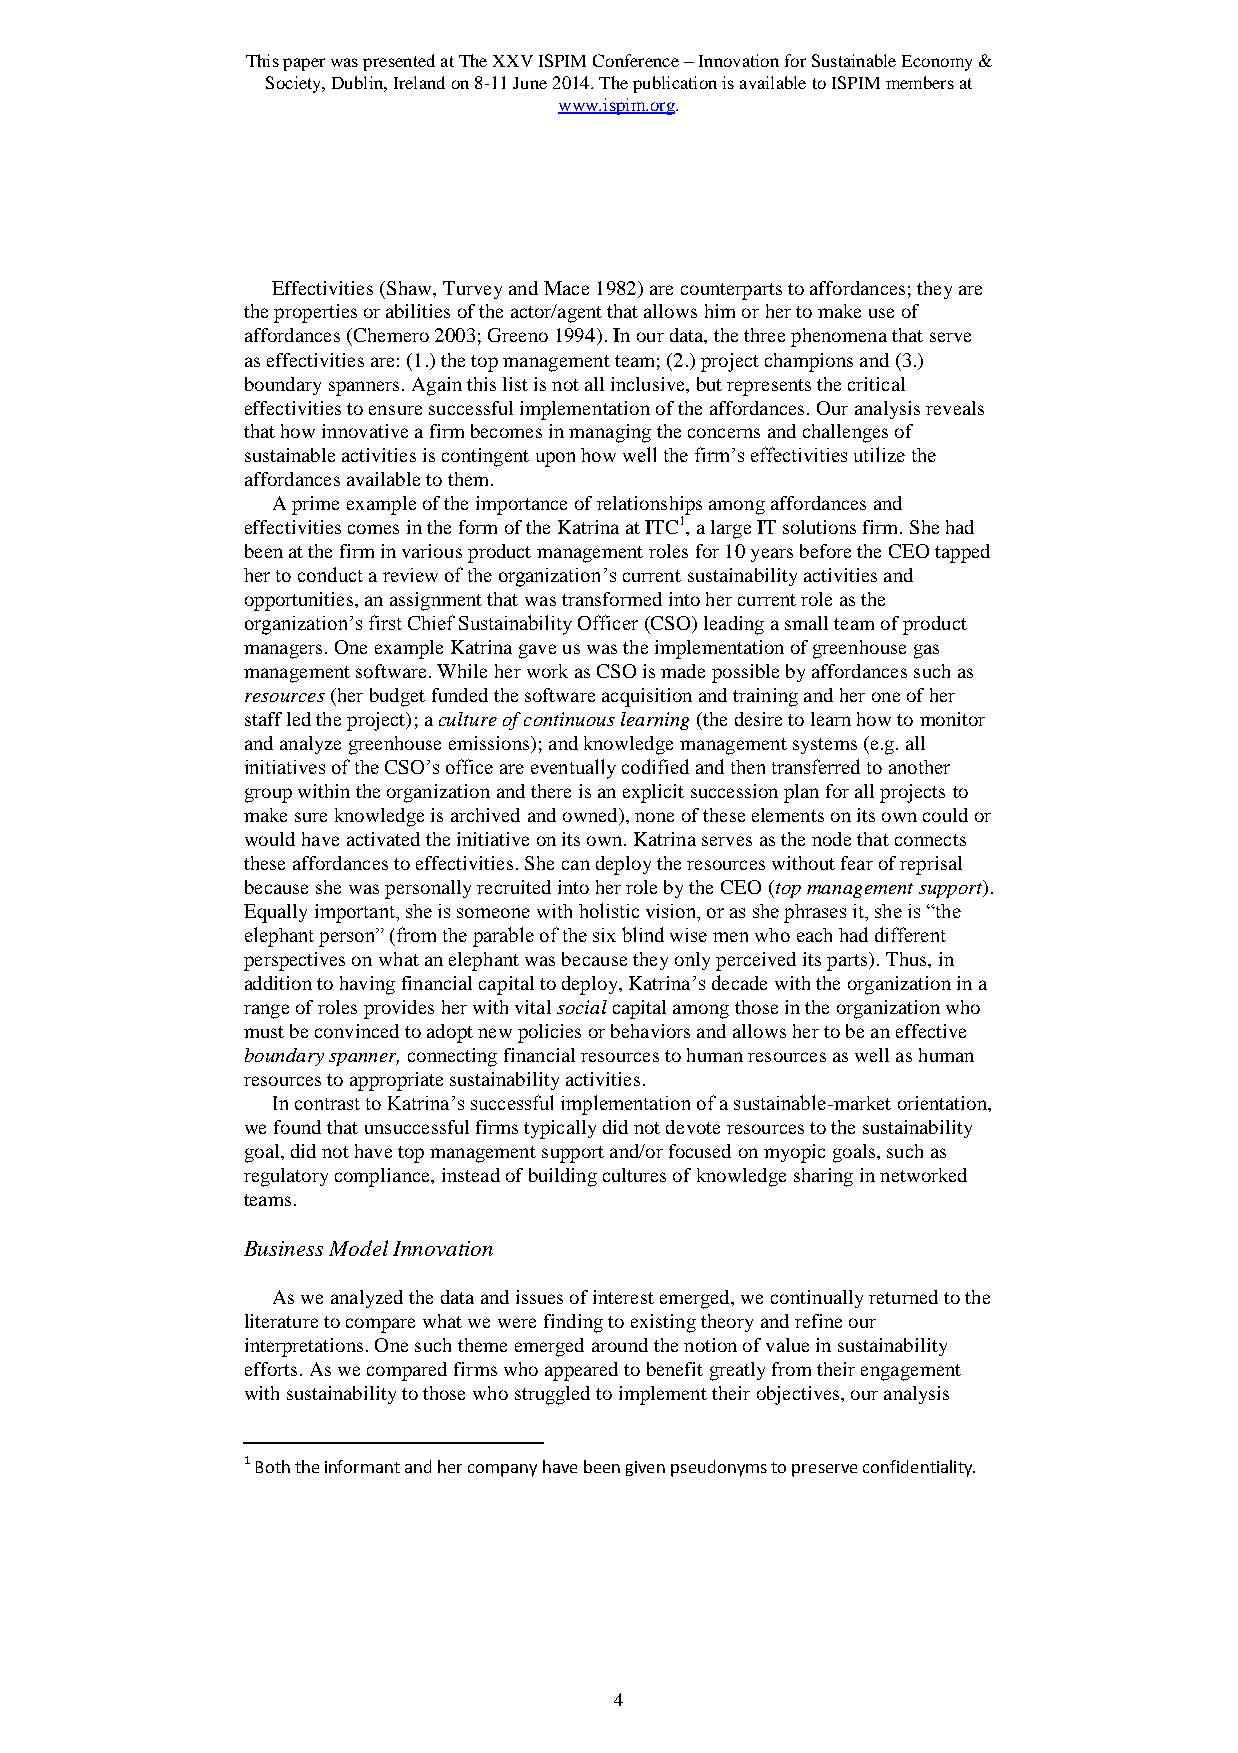
This paper was presented at The XXV ISPIM Conference – Innovation for Sustainable Economy &
 Society, Dublin, Ireland on 8-11 June 2014. The publication is available to ISPIM members at
 www.ispim.org.
 Effectivities (Shaw, Turvey and Mace 1982) are counterparts to affordances; they are
 the properties or abilities of the actor/agent that allows him or her to make use of
 affordances (Chemero 2003; Greeno 1994). In our data, the three phenomena that serve
 as effectivities are: (1.) the top management team; (2.) project champions and (3.)
 boundary spanners. Again this list is not all inclusive, but represents the critical
 effectivities to ensure successful implementation of the affordances. Our analysis reveals
 that how innovative a firm becomes in managing the concerns and challenges of
 sustainable activities is contingent upon how well the firm’s effectivities utilize the
 affordances available to them.
 A prime example of the importance of relationships among affordances and
 effectivities comes in the form of the Katrina at ITC1, a large IT solutions firm. She had
 been at the firm in various product management roles for 10 years before the CEO tapped
 her to conduct a review of the organization’s current sustainability activities and
 opportunities, an assignment that was transformed into her current role as the
 organization’s first Chief Sustainability Officer (CSO) leading a small team of product
 managers. One example Katrina gave us was the implementation of greenhouse gas
 management software. While her work as CSO is made possible by affordances such as
 resources (her budget funded the software acquisition and training and her one of her
 staff led the project); a culture of continuous learning (the desire to learn how to monitor
 and analyze greenhouse emissions); and knowledge management systems (e.g. all
 initiatives of the CSO’s office are eventually codified and then transferred to another
 group within the organization and there is an explicit succession plan for all projects to
 make sure knowledge is archived and owned), none of these elements on its own could or
 would have activated the initiative on its own. Katrina serves as the node that connects
 these affordances to effectivities. She can deploy the resources without fear of reprisal
 because she was personally recruited into her role by the CEO (top management support).
 Equally important, she is someone with holistic vision, or as she phrases it, she is “the
 elephant person” (from the parable of the six blind wise men who each had different
 perspectives on what an elephant was because they only perceived its parts). Thus, in
 addition to having financial capital to deploy, Katrina’s decade with the organization in a
 range of roles provides her with vital social capital among those in the organization who
 must be convinced to adopt new policies or behaviors and allows her to be an effective
 boundary spanner, connecting financial resources to human resources as well as human
 resources to appropriate sustainability activities.
 In contrast to Katrina’s successful implementation of a sustainable-market orientation,
 we found that unsuccessful firms typically did not devote resources to the sustainability
 goal, did not have top management support and/or focused on myopic goals, such as
 regulatory compliance, instead of building cultures of knowledge sharing in networked
 teams.
 Business Model Innovation
 As we analyzed the data and issues of interest emerged, we continually returned to the
 literature to compare what we were finding to existing theory and refine our
 interpretations. One such theme emerged around the notion of value in sustainability
 efforts. As we compared firms who appeared to benefit greatly from their engagement
 with sustainability to those who struggled to implement their objectives, our analysis
 1 Both the informant and her company have been given pseudonyms to preserve confidentiality.
 4